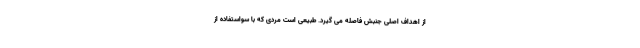
از اهداف اصلی جنبش فاصله می گیرد. طبیعی است مردی که با سواستفاده از